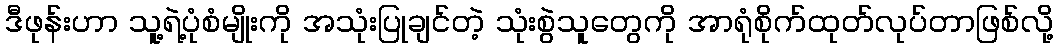
ဒီဖုန်းဟာ သူ့ရဲ့ပုံစံမျိုးကို အသုံးပြုချင်တဲ့ သုံးစွဲသူတွေကို အာရုံစိုက်ထုတ်လုပ်တာဖြစ်လို့